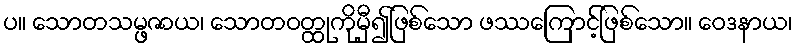
ပ။ သောတသမ္ဖဇာယ၊ သောတဝတ္ထုကိုမှီ၍ဖြစ်သော ဖဿကြောင့်ဖြစ်သော။ ဝေဒနာယ၊